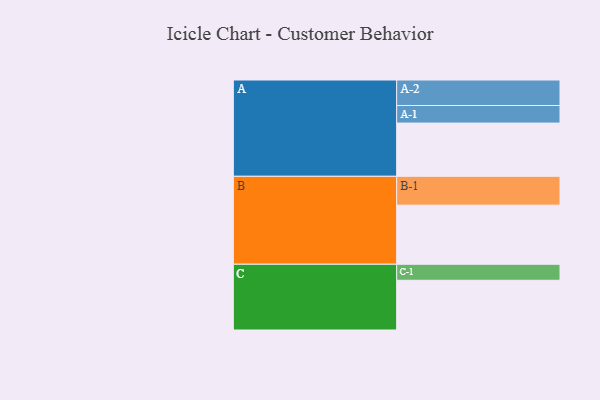
{"axis": {"x": "Segment", "y": "Value"}, "legend": ["", "A", "B", "C"], "data": [{"x": "A", "y": 472, "type": ""}, {"x": "B", "y": 524, "type": ""}, {"x": "C", "y": 441, "type": ""}, {"x": "A-1", "y": 156, "type": "A"}, {"x": "A-2", "y": 226, "type": "A"}, {"x": "B-1", "y": 256, "type": "B"}, {"x": "C-1", "y": 142, "type": "C"}]}